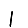
Digit: 1